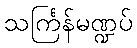
သင်္ကြန်မဏ္ဍပ်